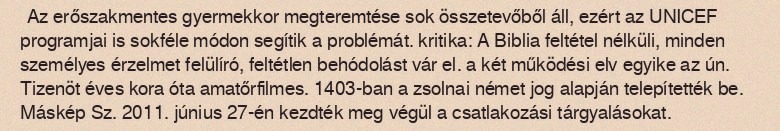
Az erőszakmentes gyermekkor megteremtése sok összetevőből áll, ezért az UNICEF programjai is sokféle módon segítik a problémát. kritika: A Biblia feltétel nélküli, minden személyes érzelmet felülíró, feltétlen behódolást vár el. a két működési elv egyike az ún. Tizenöt éves kora óta amatőrfilmes. 1403-ban a zsolnai német jog alapján telepítették be. Máskép Sz. 2011. június 27-én kezdték meg végül a csatlakozási tárgyalásokat.